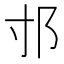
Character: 𨙯